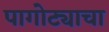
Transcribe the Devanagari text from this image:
पागोट्याचा